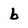
Character: b